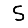
Digit: 5